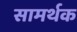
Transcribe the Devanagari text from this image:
सामर्थक